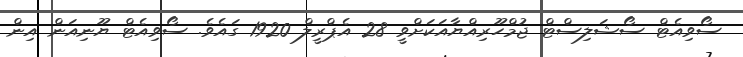
ސޯވިއެޓް ސޯޝަލިސްޓް ޖުމްހޫރިއްޔާއަކަށްވީ 28 އެޕްރީލް 1920 ގައެވެ. ސޯވިއެޓް ޔޫނިއަން އިން